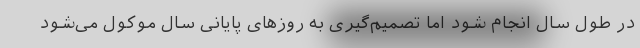
در طول سال انجام شود اما تصمیم‌گیری به روزهای پایانی سال موکول می‌شود